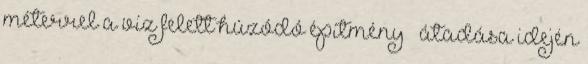
méterrel a víz felett húzódó építmény – átadása idején